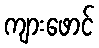
ကျားဖောင်